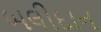
બલીદાન